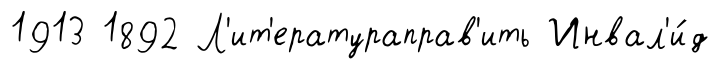
1913 1892 Л'ит'ератураправ'ить Инвал'и́д